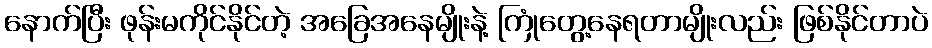
နောက်ပြီး ဖုန်းမကိုင်နိုင်တဲ့ အခြေအနေမျိုးနဲ့ ကြုံတွေ့နေရတာမျိုးလည်း ဖြစ်နိုင်တာပဲ